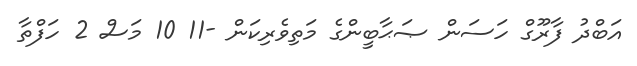
އަބްދު ފާރޫގް ހަސަން ޞަޙާބީންގެ މަތިވެރިކަން -11 10 މަސް 2 ހަފްތާ